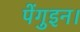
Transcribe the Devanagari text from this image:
पेंगुइन।